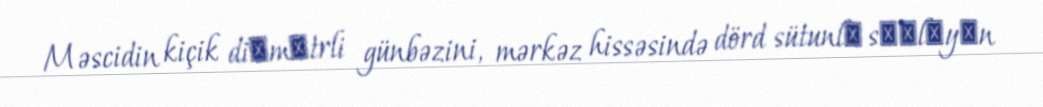
Məscidin kiçik diаmеtrli günbəzini, mərkəz hissəsində dörd sütunlа sахlаyаn